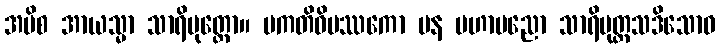
အပိစ အာယသ္မာ သာရိပုတ္တော။ ပကတိဝိပဿကော ပန မဟာပညော သာရိပုတ္တသဒိသောဝ